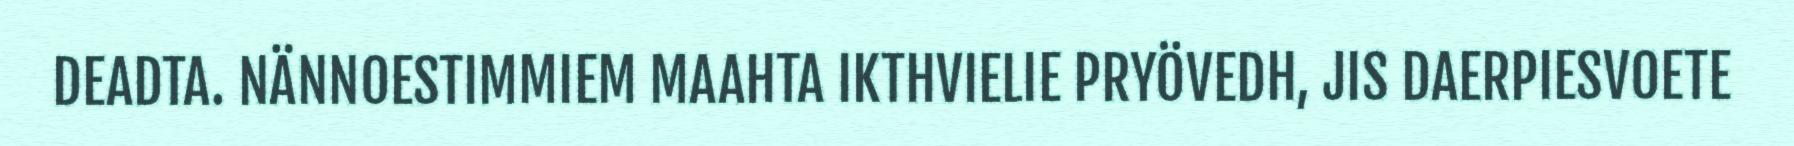
DEADTA. NÄNNOESTIMMIEM MAAHTA IKTHVIELIE PRYÖVEDH, JIS DAERPIESVOETE